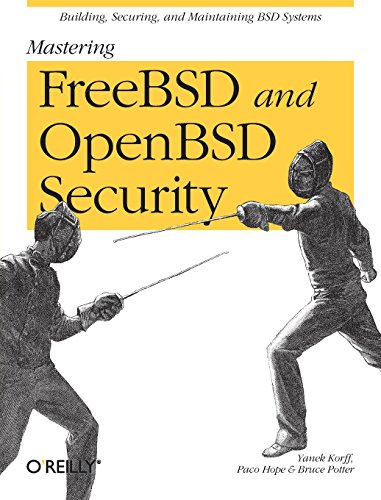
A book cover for Mastering FreeBSD and OpenBSD Security; Yanek Korff; Computers & Technology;